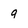
Character: 9